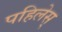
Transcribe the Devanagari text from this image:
पहिलेस्